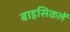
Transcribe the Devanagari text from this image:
बाइसिकलें